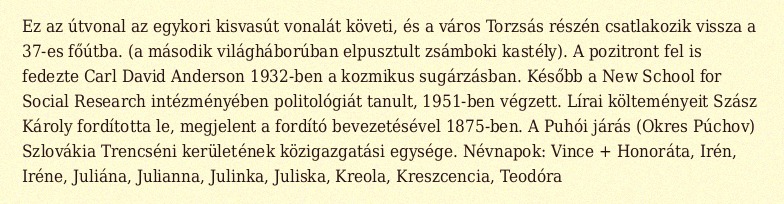
Ez az útvonal az egykori kisvasút vonalát követi, és a város Torzsás részén csatlakozik vissza a 37-es főútba. (a második világháborúban elpusztult zsámboki kastély). A pozitront fel is fedezte Carl David Anderson 1932-ben a kozmikus sugárzásban. Később a New School for Social Research intézményében politológiát tanult, 1951-ben végzett. Lírai költeményeit Szász Károly fordította le, megjelent a fordító bevezetésével 1875-ben. A Puhói járás (Okres Púchov) Szlovákia Trencséni kerületének közigazgatási egysége. Névnapok: Vince + Honoráta, Irén, Iréne, Juliána, Julianna, Julinka, Juliska, Kreola, Kreszcencia, Teodóra